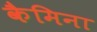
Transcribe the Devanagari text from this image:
कैमिना